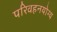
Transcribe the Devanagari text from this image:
परिवहनयोग्य